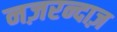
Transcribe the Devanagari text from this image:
नज़रन्दाज़